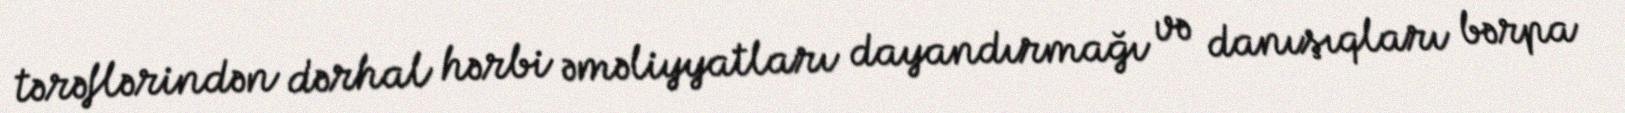
tərəflərindən dərhal hərbi əməliyyatları dayandırmağı və danışıqları bərpa